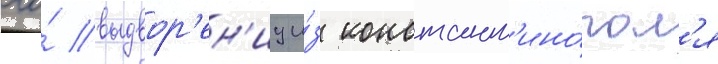
его́ выдвор'ен'иу и́з констант'ино́пол'я